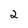
Character: 2